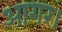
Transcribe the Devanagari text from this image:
आगर।